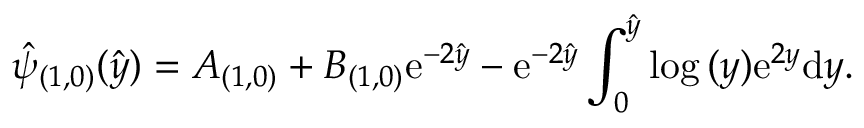
\hat { \psi } _ { ( 1 , 0 ) } ( \hat { y } ) = A _ { ( 1 , 0 ) } + B _ { ( 1 , 0 ) } \mathrm { e } ^ { - 2 \hat { y } } - \mathrm { e } ^ { - 2 \hat { y } } \int _ { 0 } ^ { \hat { y } } \log { ( y ) } \mathrm { e } ^ { 2 y } \mathrm { d } y .